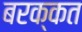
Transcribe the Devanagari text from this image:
बरक्कत